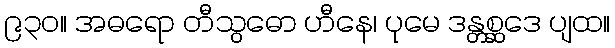
၉၃၀။ အဓရော တီသွဓော ဟီနေ၊ ပုမေ ဒန္တစ္ဆဒေ ပျထ။